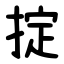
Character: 掟